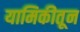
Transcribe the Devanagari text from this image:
यामिकीतून